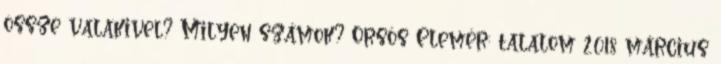
össze valakivel? Milyen számok? Orsós Elemér: talalom 2018 március